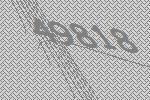
49818